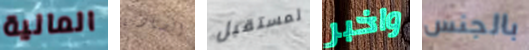
المالية الصيادين لمستقبل واخبر بالجنس